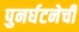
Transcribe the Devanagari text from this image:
पुनर्घटनेची